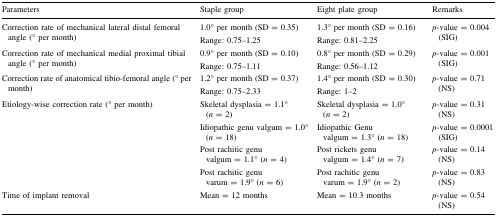
<table><thead><tr><td><b>Parameters</b></td><td><b>Staple group</b></td><td><b>Eight plate group</b></td><td><b>Remarks</b></td></tr></thead><tbody><tr><td rowspan="2">Correction rate of mechanical lateral distal femoral angle (° per month)</td><td>1.0° per month (SD = 0.35)</td><td>1.3° per month (SD = 0.16)</td><td rowspan="2"><i>p</i>-value = 0.004 (SIG)</td></tr><tr><td>Range: 0.75–1.25</td><td>Range: 0.81–2.25</td></tr><tr><td rowspan="2">Correction rate of mechanical medial proximal tibial angle (° per month)</td><td>0.9° per month (SD = 0.10)</td><td>0.8° per month (SD = 0.29)</td><td rowspan="2"><i>p</i>-value = 0.001 (SIG)</td></tr><tr><td>Range: 0.75–1.11</td><td>Range: 0.56–1.12</td></tr><tr><td rowspan="2">Correction rate of anatomical tibio-femoral angle (° per month)</td><td>1.2° per month (SD = 0.37)</td><td>1.4° per month (SD = 0.30)</td><td rowspan="2"><i>p</i>-value = 0.71 (NS)</td></tr><tr><td>Range: 0.75–2.33</td><td>Range: 1–2</td></tr><tr><td rowspan="4">Etiology-wise correction rate (° per month)</td><td>Skeletal dysplasia = 1.1° (<i>n</i> = 2)</td><td>Skeletal dysplasia = 1.0° (<i>n</i> = 2)</td><td><i>p</i>-value = 0.31 (NS)</td></tr><tr><td>Idiopathic genu valgum = 1.0° (<i>n</i> = 18)</td><td>Idiopathic Genu valgum = 1.3° (<i>n</i> = 18)</td><td><i>p</i>-value = 0.0001 (SIG)</td></tr><tr><td>Post rachitic genu valgum = 1.1° (<i>n</i> = 4)</td><td>Post rickets genu valgum = 1.4° (<i>n</i> = 7)</td><td><i>p</i>-value = 0.14 (NS)</td></tr><tr><td>Post rachitic genu varum = 1.9° (<i>n</i> = 6)</td><td>Post rachitic genu varum = 1.9° (<i>n</i> = 2)</td><td><i>p</i>-value = 0.83 (NS)</td></tr><tr><td>Time of implant removal</td><td>Mean = 12 months</td><td>Mean = 10.3 months</td><td><i>p</i>-value = 0.54 (NS)</td></tr></tbody></table>